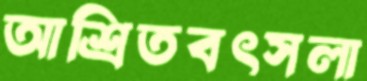
আশ্রিতবৎসলা